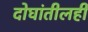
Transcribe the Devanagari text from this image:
दोघांतीलही